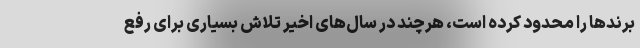
برندها را محدود کرده است، هرچند در سال‌های اخیر تلاش بسیاری برای رفع